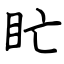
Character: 盳